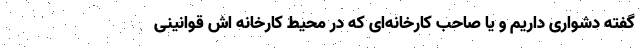
گفته دشواری داریم و یا صاحب کارخانه‌ای که در محیط کارخانه اش قوانینی